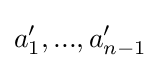
a'_{1},...,a'_{n-1}